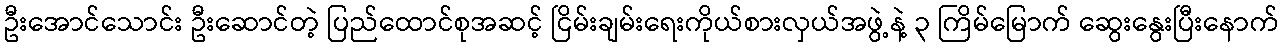
ဦးအောင်သောင်း ဦးဆောင်တဲ့ ပြည်ထောင်စုအဆင့် ငြိမ်းချမ်းရေးကိုယ်စားလှယ်အဖွဲ့နဲ့ ၃ ကြိမ်မြောက် ဆွေးနွေးပြီးနောက်